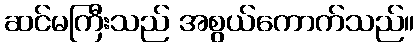
ဆင်မကြီးသည် အစွယ်ကောက်သည်။